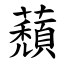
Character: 蘈